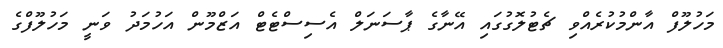
މަހުލޫފް އާންމުކުރެއްވި ޗެޓުލޮގުގައި އޭނާގެ ޕާސަނަލް އެސިސްޓެޓް އަޒްމޫން އަހުމަދު ވަނީ މަހުލޫފްގެ